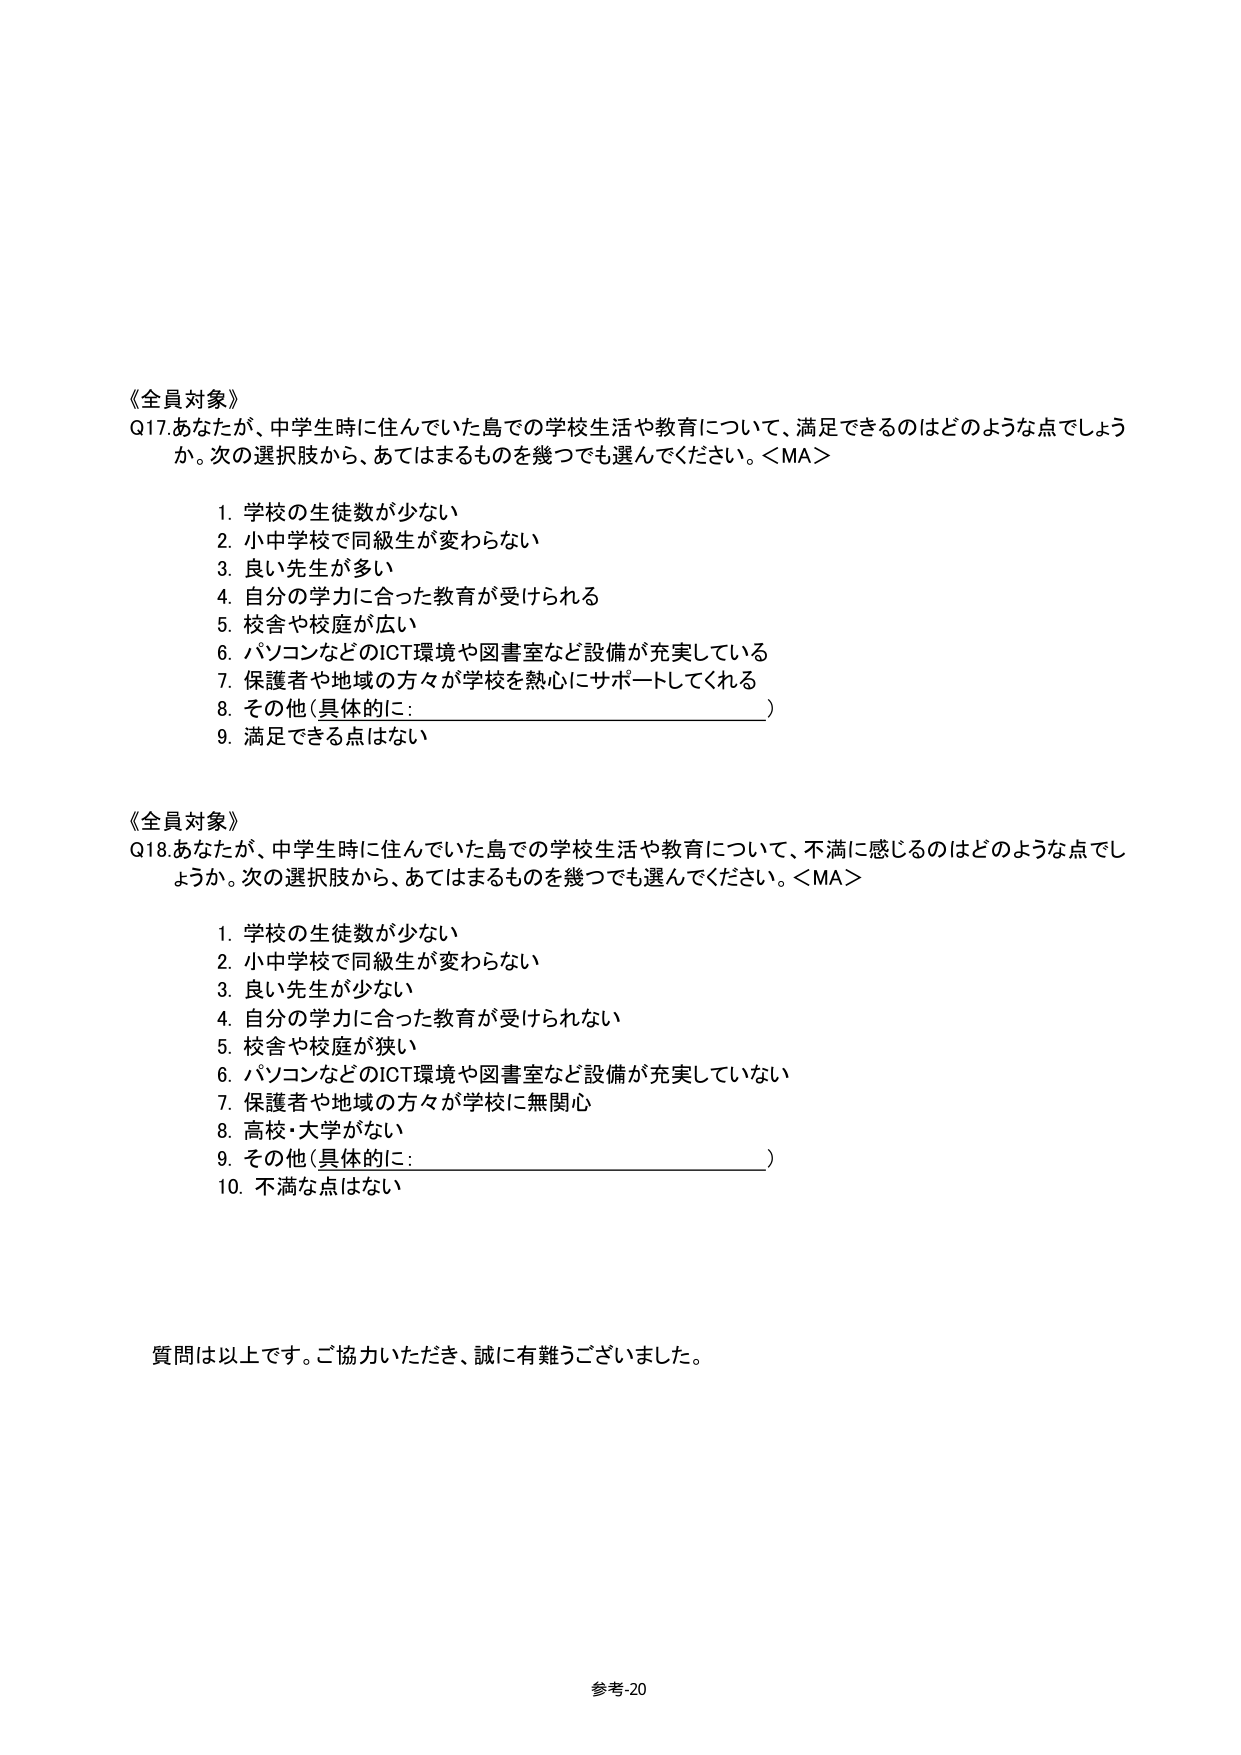
《全員対象》
Q17.あなたが、中学生時に住んでいた島での学校生活や教育について、満足できるのはどのような点でしょう
か。次の選択肢から、あてはまるものを幾つでも選んでください。＜MA＞
1. 学校の生徒数が少ない
2. 小中学校で同級生が変わらない
3. 良い先生が多い
4. 自分の学力に合った教育が受けられる
5. 校舎や校庭が広い
6. パソコンなどのICT環境や図書室など設備が充実している
7. 保護者や地域の方々が学校を熱心にサポートしてくれる
8. その他（具体的に：________________________）
9. 満足できる点はない

《全員対象》
Q18.あなたが、中学生時に住んでいた島での学校生活や教育について、不満に感じるのはどのような点でし
ょうか。次の選択肢から、あてはまるものを幾つでも選んでください。＜MA＞
1. 学校の生徒数が少ない
2. 小中学校で同級生が変わらない
3. 良い先生が少ない
4. 自分の学力に合った教育が受けられない
5. 校舎や校庭が狭い
6. パソコンなどのICT環境や図書室など設備が充実していない
7. 保護者や地域の方々が学校に無関心
8. 高校・大学がない
9. その他（具体的に：________________________）
10. 不満な点はない

質問は以上です。ご協力いただき、誠に有難うございました。

参考-20